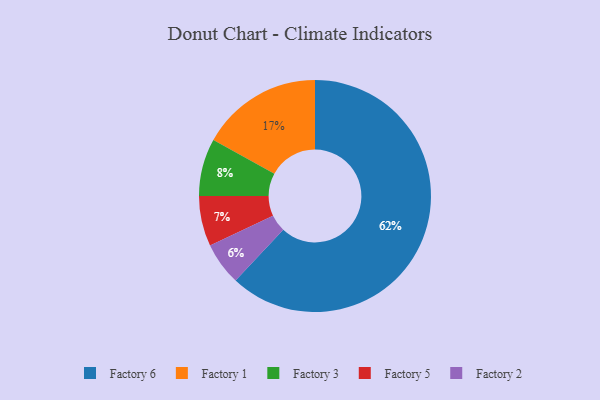
{"axis": {"x": "Category", "y": "Percentage"}, "legend": ["Factory 1", "Factory 2", "Factory 3", "Factory 5", "Factory 6"], "data": [{"x": "Factory 1", "y": 17, "type": "Factory 1"}, {"x": "Factory 3", "y": 8, "type": "Factory 3"}, {"x": "Factory 6", "y": 62, "type": "Factory 6"}, {"x": "Factory 2", "y": 6, "type": "Factory 2"}, {"x": "Factory 5", "y": 7, "type": "Factory 5"}]}